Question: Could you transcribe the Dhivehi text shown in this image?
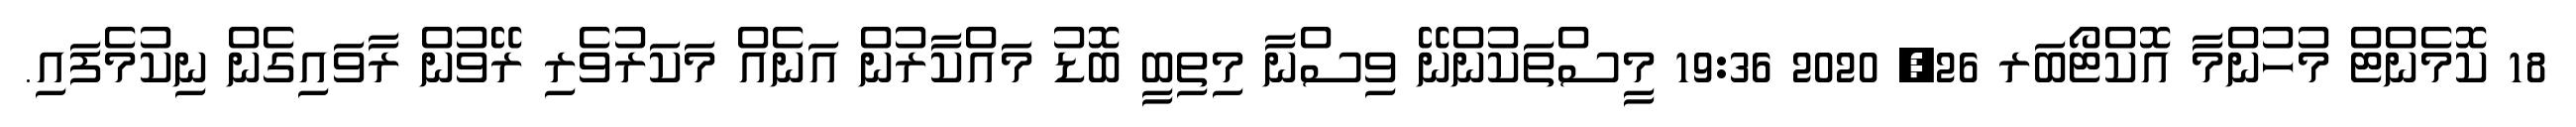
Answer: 18 ކޮމެންޓް މުހުންމާ އޮކްޓޯބަރ 26, 2020 19:36 މީސްތަކުންނޭ ވިސްނާ މިތިބީ ބޮޑު މައްކާރުން އަނެއް މަކަރުވެރި ރޭވުން ރާވައިގެން ނިކުމެފައި.